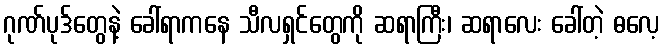
ဂုဏ်ပုဒ်တွေနဲ့ ခေါ်ရာကနေ သီလရှင်တွေကို ဆရာကြီး၊ ဆရာလေး ခေါ်တဲ့ ဓလေ့